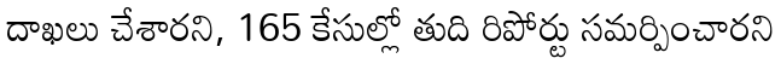
దాఖలు చేశారని, 165 కేసుల్లో తుది రిపోర్టు సమర్పించారని